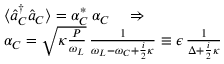
\begin{array} { r l } & { \langle \hat { a } _ { C } ^ { \dagger } \hat { a } _ { C } \rangle = \alpha _ { C } ^ { * } \, \alpha _ { C } \quad \Rightarrow } \\ & { \alpha _ { C } = \sqrt { \kappa \frac { P } { \omega _ { L } } } \, \frac { 1 } { \omega _ { L } - \omega _ { C } + \frac { i } { 2 } \kappa } \equiv \epsilon \, \frac { 1 } { \Delta + \frac { i } { 2 } \kappa } } \end{array}